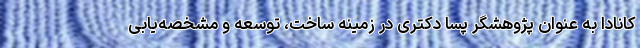
کانادا به عنوان پژوهشگر پسا دکتری در زمینه ساخت، توسعه و مشخصه‌یابی